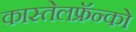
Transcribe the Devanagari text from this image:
कास्तेलफ्रॅन्को